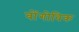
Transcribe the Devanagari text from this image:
वोंगोविक